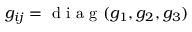
g _ { i j } = \mathrm { ~ d ~ i ~ a ~ g ~ } ( g _ { 1 } , g _ { 2 } , g _ { 3 } )